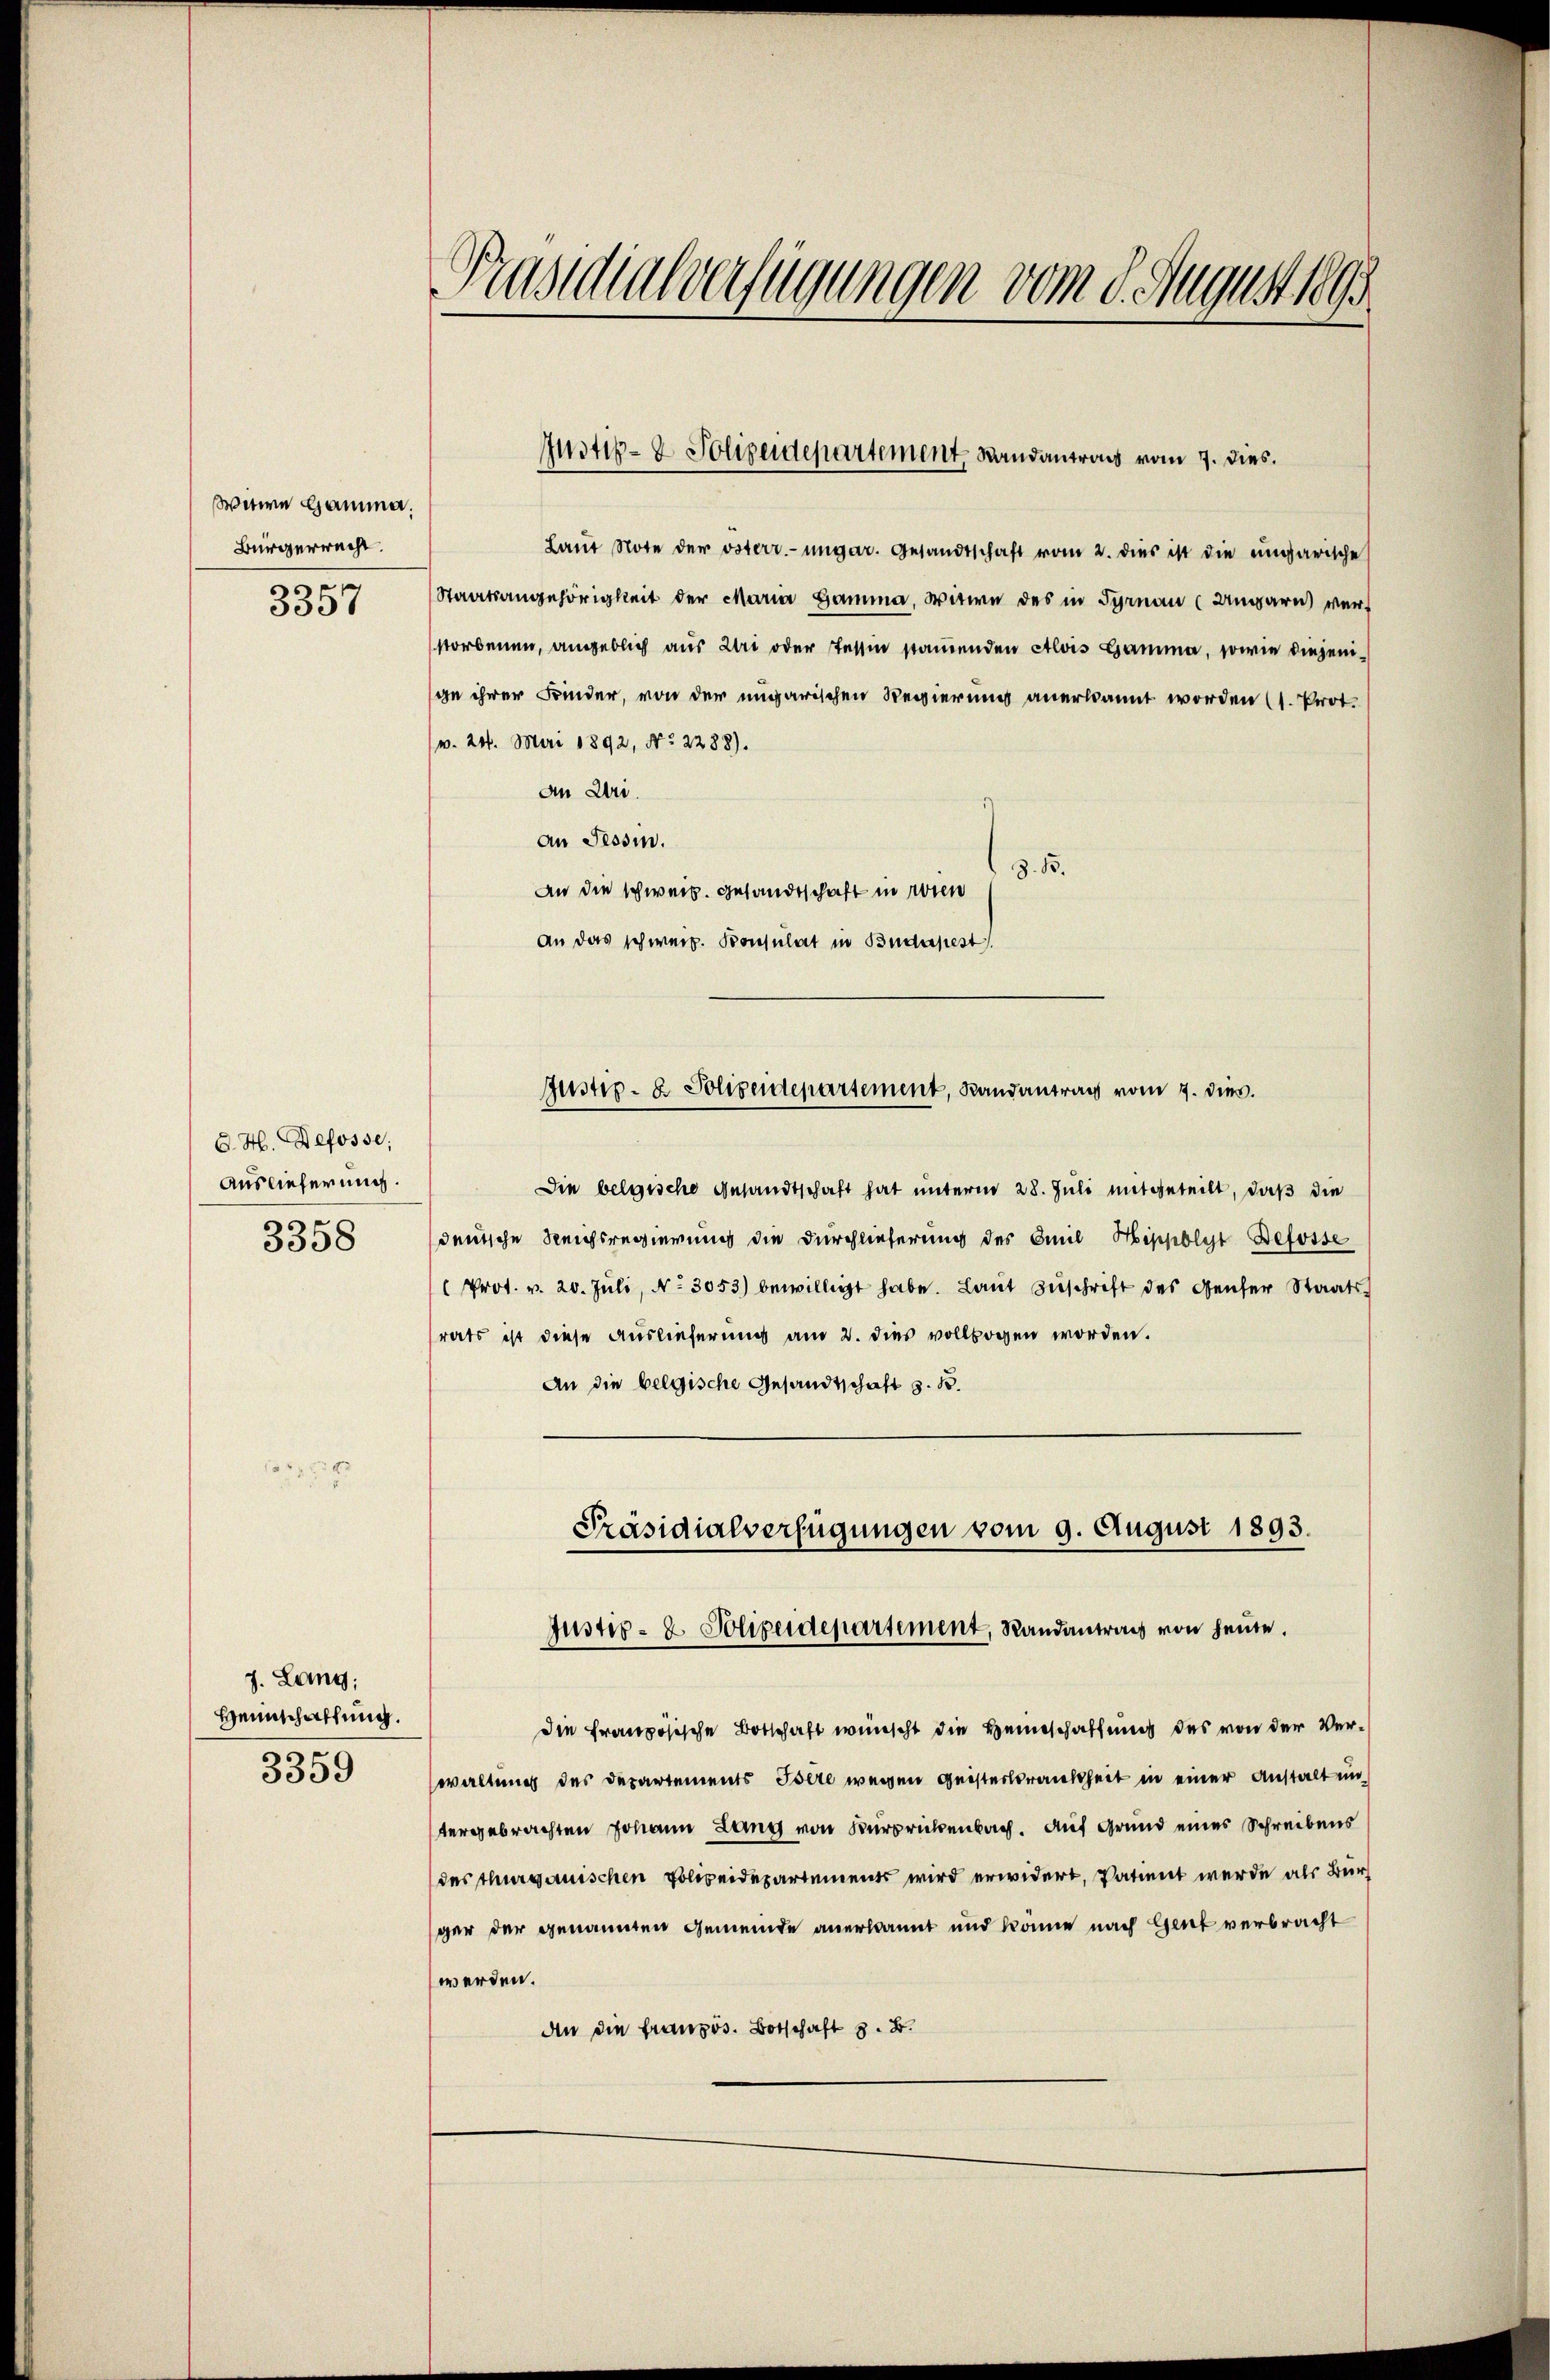
Witwe Hamma.
Bürgerrecht
100
530

C. H. Defosse
Auslieferung.
3358

J. Lang;
Heimschaffung.
3359

Präsidialverfügungen vom 8. August 1891

Laŭt Note der österr.-ungar. Gesandtschaft vom 2. dies ist die ungarische
Staatsangehörigkeit der Maria Gamma, Witwe des in Turnau (Ungarn ver-
storbenen, angeblich aus Uri oder Tessin stamenden Alois Hamma, sowie diejenige ihrer Kinder, von der ungarischen Regierung anerkannt worden (1. Prot.
v. 24. Mai 1892, No 2288).
An Uri.
an Tessin.
z. B.
An die schweiz. Gesandtschaft in Wien
an das schweiz. Konsulat in Budapest
Justiz- & Polizeidepartement, Randantrag vom 7. dies.
Die belgische Gesandtschaft hat unterm 28. Juli mitgeteilt, daß die
deutsche Reichsregierung die Durchlieferung des Emil Hippolyst Befosse
Prot. v. 20. Juli, No. 3053) bewilligt habe. Laut Zuschrift des Gener Staatsrats ist diese Auslieferung am 2. dies vollbogen worden.
An die belgische Gesandtschaft z. B.

Justiz- & Polizeidepartement, Randantrags vom 7. dies.

Präsidialverfügungen vom 9. August 1893.
Justiz- & Polizeidepartement, Randantrag von heute.

Die französische Botschaft wünscht die Heimschaffung des von der Verwaltung des Departements Isere wegen Geisterkrankheit in einer Anstalt un
tergebrachten Johann Lang von Burckenbach. Auf Grund eines Schreibens
des thurgauischen Polizeidepartements wird erwidert, Patient werde als Bur
ger der genannten Gemeinde anerkannt und könne nach Gent verbracht
werden.
An die französ. Botschaft z. B.